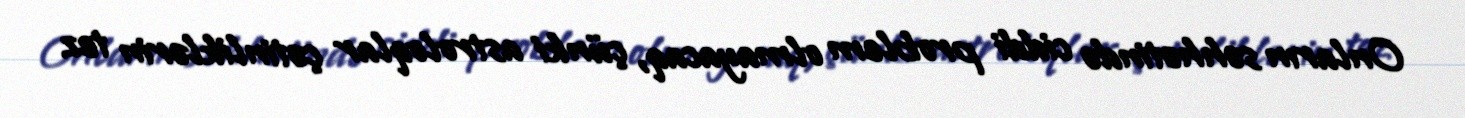
Onların səhhətində ciddi problem olmayacaq, çünki astroloqlar çətinliklərin tez